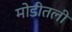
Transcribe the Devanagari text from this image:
मोडीतली